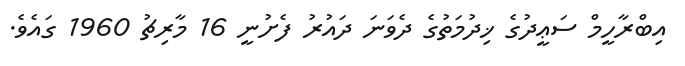
އިބްރާހީމް ސަޢީދުގެ ޚިދުމަތުގެ ދެވަނަ ދައުރު ފެށުނީ 16 މާރިޗު 1960 ގައެވެ.